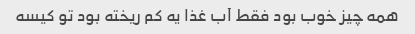
همه چیز خوب بود فقط آب غذا یه کم ریخته بود تو کیسه